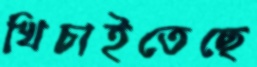
খিচাইতেছে